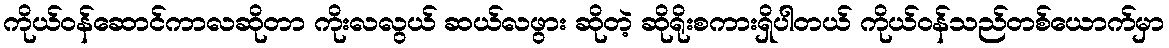
ကိုယ်ဝန်ဆောင်ကာလဆိုတာ ကိုးလလွယ် ဆယ်လဖွား ဆိုတဲ့ ဆိုရိုးစကားရှိပါတယ် ကိုယ်ဝန်သည်တစ်ယောက်မှာ